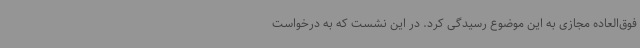
فوق‌العاده مجازی به این موضوع رسیدگی کرد. در این نشست که به درخواست